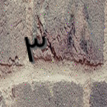
٣